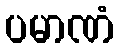
ပမာဏံ